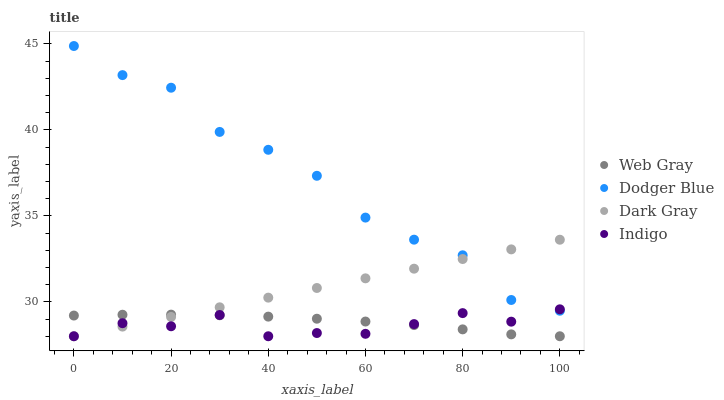
| xaxis_label | Web Gray | Dodger Blue | Dark Gray | Indigo |
 | --- | --- | --- | --- | --- |
 | 0 | 29.2 | 44.9 | 28 | 28 |
 | 10 | 29.3 | 43.2 | 28.6 | 28.8 |
 | 20 | 29.3 | 42.5 | 29.1 | 28.6 |
 | 30 | 29.2 | 39.9 | 29.7 | 29.2 |
 | 40 | 29.1 | 38.8 | 30.2 | 28 |
 | 50 | 29 | 37.3 | 30.8 | 28.2 |
 | 60 | 28.9 | 34.9 | 31.4 | 28.1 |
 | 70 | 28.6 | 33.6 | 31.9 | 28.7 |
 | 80 | 28.4 | 32.7 | 32.5 | 29.3 |
 | 90 | 28.1 | 30.1 | 33.1 | 28.8 |
 | 100 | 28 | 29.5 | 33.6 | 29.6 |